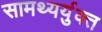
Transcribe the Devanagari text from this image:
सामथ्यर्युक्त